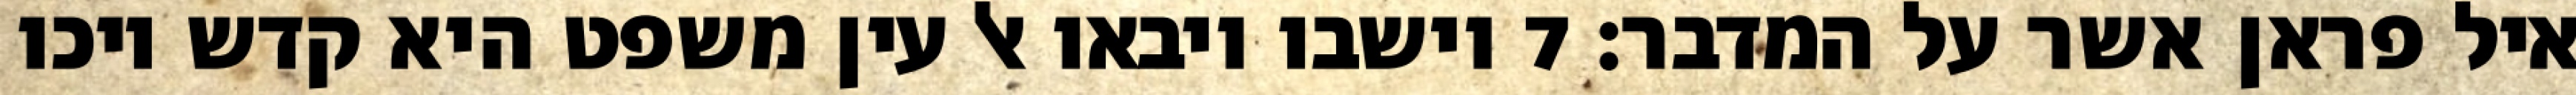
איל פראן אשר על המדבר׃ ‎7‏ וישבו ויבאו אל עין משפט היא קדש ויכו